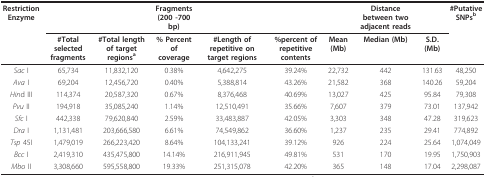
<table><thead><tr><td><b>Restriction Enzyme</b></td><td></td><td></td><td><b>Fragments (200 -700 bp)</b></td><td></td><td></td><td></td><td><b>Distance between two adjacent reads</b></td><td></td><td><b>#Putative SNPs<sup>b </sup></b></td></tr><tr><td></td><td><b>#Total selected fragments</b></td><td><b>#Total length of target regions<sup>a</sup></b></td><td><b>% Percent of coverage</b></td><td><b>#Length of repetitive on target regions</b></td><td><b>%percent of repetitive contents</b></td><td><b>Mean (Mb)</b></td><td><b>Median (Mb)</b></td><td><b>S.D.(Mb)</b></td><td></td></tr></thead><tbody><tr><td><i>Sac </i>I</td><td>65,734</td><td>11,832,120</td><td>0.38%</td><td>4,642,275</td><td>39.24%</td><td>22,732</td><td>442</td><td>131.63</td><td>48,250</td></tr><tr><td><i>Ava </i>I</td><td>69,204</td><td>12,456,720</td><td>0.40%</td><td>5,388,814</td><td>43.26%</td><td>21,582</td><td>368</td><td>140.26</td><td>59,204</td></tr><tr><td><i>Hin</i>d III</td><td>114,374</td><td>20,587,320</td><td>0.67%</td><td>8,376,468</td><td>40.69%</td><td>13,027</td><td>425</td><td>95.84</td><td>79,308</td></tr><tr><td><i>Pvu </i>II</td><td>194,918</td><td>35,085,240</td><td>1.14%</td><td>12,510,491</td><td>35.66%</td><td>7,607</td><td>379</td><td>73.01</td><td>137,942</td></tr><tr><td><i>Sfc </i>I</td><td>442,338</td><td>79,620,840</td><td>2.59%</td><td>33,483,887</td><td>42.05%</td><td>3,303</td><td>348</td><td>47.28</td><td>319,623</td></tr><tr><td><i>Dra </i>I</td><td>1,131,481</td><td>203,666,580</td><td>6.61%</td><td>74,549,862</td><td>36.60%</td><td>1,237</td><td>235</td><td>29.41</td><td>774,892</td></tr><tr><td><i>Tsp </i>45I</td><td>1,479,019</td><td>266,223,420</td><td>8.64%</td><td>104,133,241</td><td>39.12%</td><td>926</td><td>224</td><td>25.64</td><td>1,074,049</td></tr><tr><td><i>Bcc </i>I</td><td>2,419,310</td><td>435,475,800</td><td>14.14%</td><td>216,911,945</td><td>49.81%</td><td>531</td><td>170</td><td>19.95</td><td>1,750,903</td></tr><tr><td><i>Mbo </i>II</td><td>3,308,660</td><td>595,558,800</td><td>19.33%</td><td>251,315,078</td><td>42.20%</td><td>365</td><td>148</td><td>17.04</td><td>2,298,087</td></tr></tbody></table>